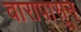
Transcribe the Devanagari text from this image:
वारापासून